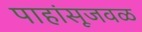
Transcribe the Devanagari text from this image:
पाहांसूजवळ